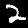
Digit: 2